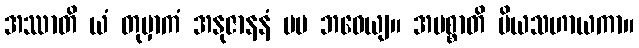
အဿာတိ ယံ တုမှာကံ အနုဇာနနံ မမ ဘဝေယျ။ အမစ္စာတိ ပိယသဟာယကာ။